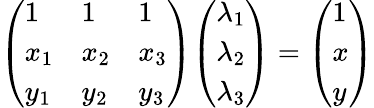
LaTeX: \left({\begin{array}{lll}{1}&{1}&{1}\\ {x_{1}}&{x_{2}}&{x_{3}}\\ {y_{1}}&{y_{2}}&{y_{3}}\end{array}}\right){\left(\begin{array}{l}{\lambda_{1}}\\ {\lambda_{2}}\\ {\lambda_{3}}\end{array}\right)}=\left({\begin{array}{l}{1}\\ {x}\\ {y}\end{array}}\right)